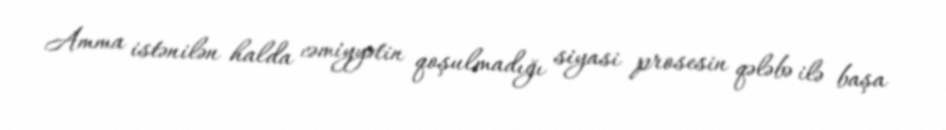
Amma istənilən halda cəmiyyətin qoşulmadığı siyasi prosesin qələbə ilə başa